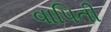
વાપિતી